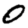
Digit: 0